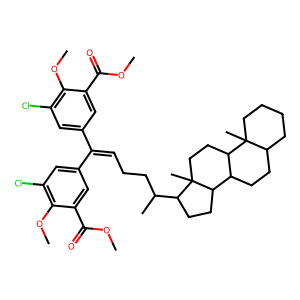
SMILES: COC(=O)c1cc(C(=CCCC(C)C2CCC3C4CCC5CCCCC5(C)C4CCC23C)c2cc(Cl)c(OC)c(C(=O)OC)c2)cc(Cl)c1OC
Inhibits HIV replication: No